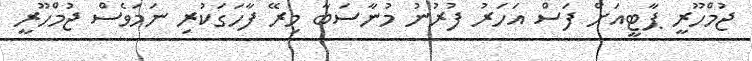
ޖުމްހޫރީ ޕާޓީއަށް ފަސް އަހަރު ފުރުނު މުނާސަބާ މިރޭ ފާހަގަކުރި ނަމަވެސް ޖުމްހޫރީ